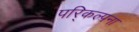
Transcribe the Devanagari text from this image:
परि्कल्पना